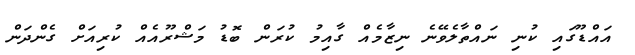
އައްޑޫގައި ކުނި ނައްތާލެވޭނެ ނިޒާމެއް ގާއިމު ކުރަން ބޮޑު މަޝްރޫއެއް ކުރިއަށް ގެންދަން